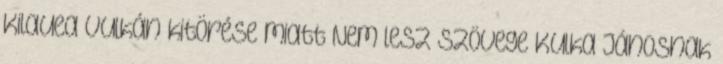
Kilauea vulkán kitörése miatt Nem lesz szövege Kulka Jánosnak